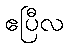
ဧပြီလ